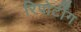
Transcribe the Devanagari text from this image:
रिपोर्टींग